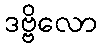
ဒဗ္ဗိလော